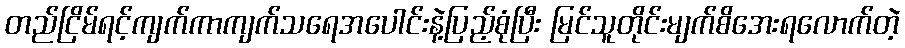
တည်ငြိမ်ရင့်ကျက်ကာကျက်သရေအပေါင်းနဲ့ပြည့်စုံပြီး မြင်သူတိုင်းမျက်စိအေးရလောက်တဲ့